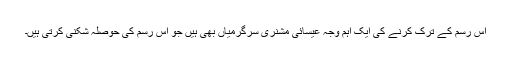
اس رسم کے ترک کرنے کی ایک اہم وجہ عیسائی مشنری سرگرمیاں بھی ہیں جو اس رسم کی حوصلہ شکنی کرتی ہیں۔